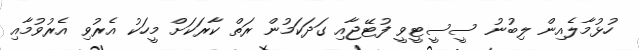
ހުޅުމާލެއިން ލިބުނު ސީސީޓީވީ ފުޓޭޖާއި ގަދަކަމުން ރަތް ކާރަކަށް މީހަކު އެރުވި އެރުވުމާއި